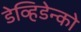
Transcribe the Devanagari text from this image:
डेव्हिडेन्को